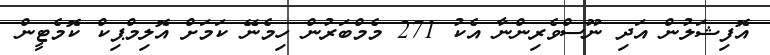
އޮފިޝަލުން އަދި ނޫސްވެރިންނާ އެކު 271 މެމްބަރުން ހިމެނޭ ކަމަށް އޮލިމްޕިކް ކޮމެޓީން